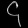
Digit: ၄